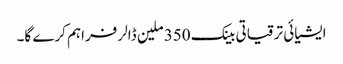
ایشیائی ترقیاتی بینک 350 ملین ڈالر فراہم کرے گا۔